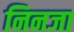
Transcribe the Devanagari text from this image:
निनजा